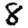
Digit: 8